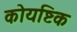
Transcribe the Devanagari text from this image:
कोयष्टिक